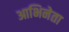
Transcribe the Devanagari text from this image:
आभिनेता